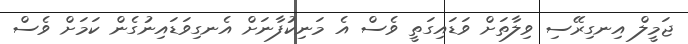
ޖަމީލް އިނގިރޭސި ވިލާތަށް ވަޑައިގަތީ ވެސް އެ މަނިކުފާނަށް އެނގިވަޑައިނުގެން ކަމަށް ވެސް